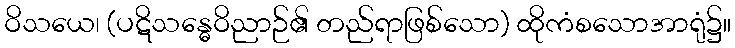
ဝိသယေ၊ (ပဋိသန္ဓေဝိညာဉ်၏ တည်ရာဖြစ်သော) ထိုကံစသောအာရုံ၌။